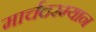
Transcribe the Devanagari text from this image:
मार्चदरम्यान